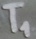
Text: T1